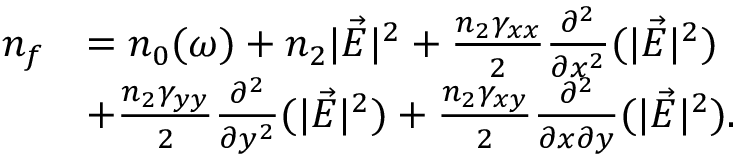
\begin{array} { r l } { n _ { f } } & { = n _ { 0 } ( \omega ) + n _ { 2 } | \vec { E } | ^ { 2 } + \frac { n _ { 2 } \gamma _ { x x } } { 2 } \frac { \partial ^ { 2 } } { \partial x ^ { 2 } } ( | \vec { E } | ^ { 2 } ) } \\ & { + \frac { n _ { 2 } \gamma _ { y y } } { 2 } \frac { \partial ^ { 2 } } { \partial y ^ { 2 } } ( | \vec { E } | ^ { 2 } ) + \frac { n _ { 2 } \gamma _ { x y } } { 2 } \frac { \partial ^ { 2 } } { \partial x \partial y } ( | \vec { E } | ^ { 2 } ) . } \end{array}